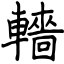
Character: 轖